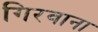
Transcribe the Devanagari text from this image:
गिरवाना